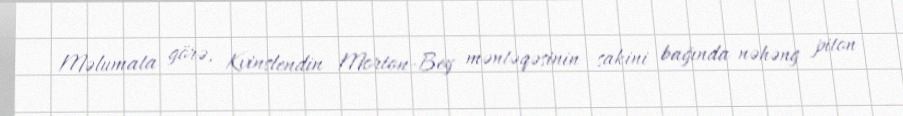
Məlumata görə, Kvinslendin Morton-Bey məntəqəsinin sakini bağında nəhəng piton